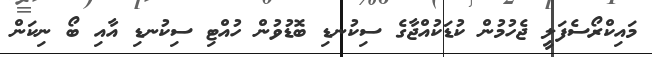
މައިކްރޯސެފަލީ ޖެހުމުން ކުޑަކުއްޖާގެ ސިކުނޑި ބޮޑުވުން ހުއްޓި ސިކުނޑި އާއި ބޯ ނިކަން